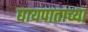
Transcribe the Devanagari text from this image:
घायपाताच्या